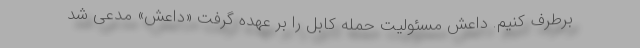
برطرف کنیم. داعش مسئولیت حمله کابل را بر عهده گرفت «داعش» مدعی شد